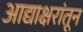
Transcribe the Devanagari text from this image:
आद्याक्षरांतून